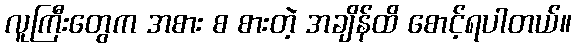
လူကြီးတွေက အစား စ စားတဲ့ အချိန်ထိ စောင့်ရပါတယ်။